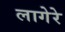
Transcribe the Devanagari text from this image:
लागेरे